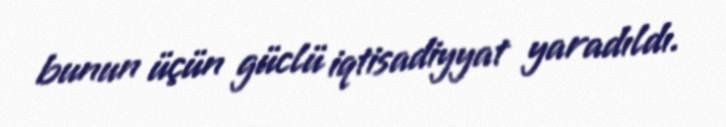
bunun üçün güclü iqtisadiyyat yaradıldı.